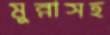
মুন্নাসহ